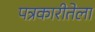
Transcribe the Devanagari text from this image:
पत्रकारीतेला